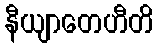
နီယျာတေဟီတိ